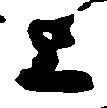
上